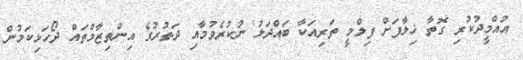
އުއްމީދުކުރި ގޮތާ ޚިލާފަށް ފިލްމީ ތަރިއަކާ ބައްދަލު ނުކުރެވުމާއި ދަތުރުގެ އިންތިޒާމްތައް ދޯހަޅިކަމުން